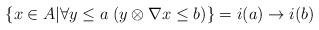
LaTeX: \begin{align*}\{x \in A | \forall y \leq a \; (y \otimes \nabla x \leq b)\}=i(a) \to i(b)\end{align*}